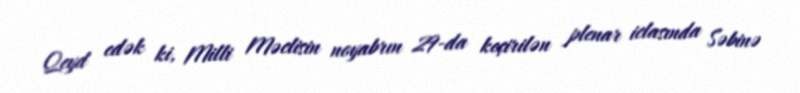
Qeyd edək ki, Milli Məclisin noyabrın 29-da keçirilən plenar iclasında Səbinə